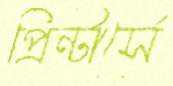
প্রিন্টার্সে